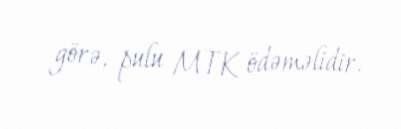
görə, pulu MTK ödəməlidir.